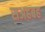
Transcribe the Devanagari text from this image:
सअहबह